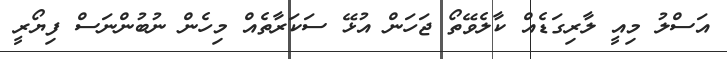
އަސްލު މިއީ ލާރިގަޑެއް ކާލެވޭތޯ ޖަހަން އުޅޭ ސަކަރާތެއް މިހެން ނުބުންނަސް ފިޔޯރީ